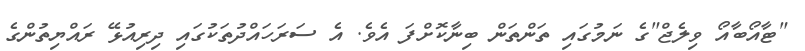
"ޓާއޯބާއޯ ވިލެޖް"ގެ ނަމުގައި ތަންތަން ބިނާކޮށްފަ އެވެ. އެ ސަރަހައްދުތަކުގައި ދިރިއުޅޭ ރައްޔިތުންގެ